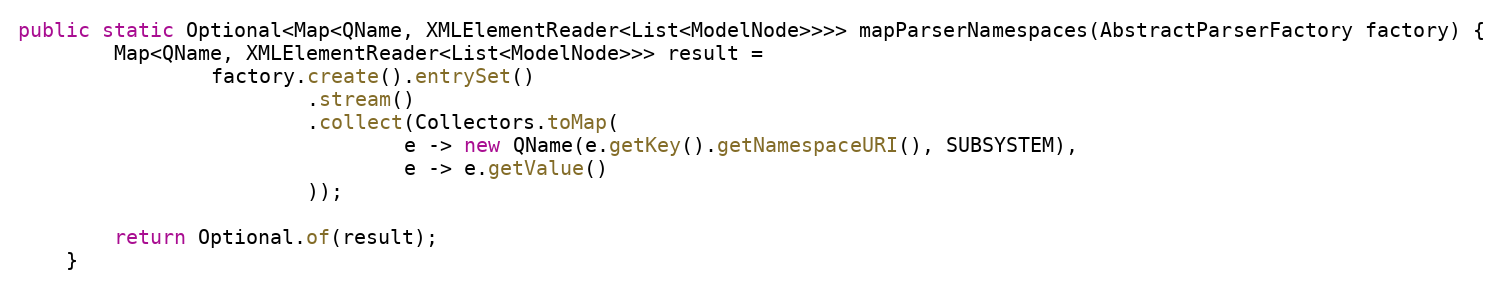
Language: Java
public static Optional<Map<QName, XMLElementReader<List<ModelNode>>>> mapParserNamespaces(AbstractParserFactory factory) {
        Map<QName, XMLElementReader<List<ModelNode>>> result =
                factory.create().entrySet()
                        .stream()
                        .collect(Collectors.toMap(
                                e -> new QName(e.getKey().getNamespaceURI(), SUBSYSTEM),
                                e -> e.getValue()
                        ));

        return Optional.of(result);
    }